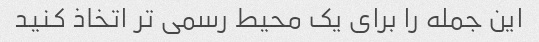
این جمله را برای یک محیط رسمی تر اتخاذ کنید